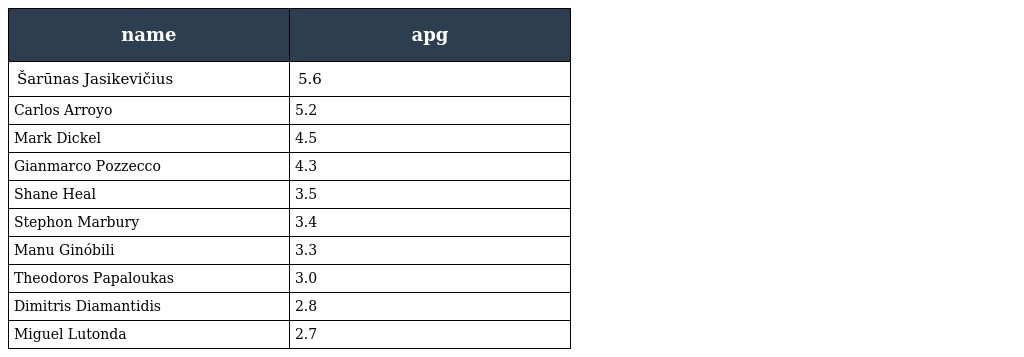
| name | apg |
 | --- | --- |
 | Šarūnas Jasikevičius | 5.6 |
 | Carlos Arroyo | 5.2 |
 | Mark Dickel | 4.5 |
 | Gianmarco Pozzecco | 4.3 |
 | Shane Heal | 3.5 |
 | Stephon Marbury | 3.4 |
 | Manu Ginóbili | 3.3 |
 | Theodoros Papaloukas | 3.0 |
 | Dimitris Diamantidis | 2.8 |
 | Miguel Lutonda | 2.7 |